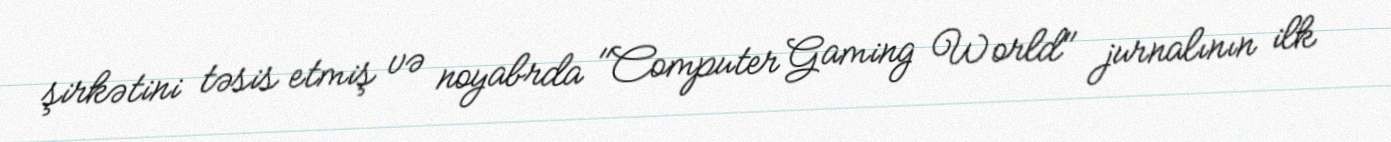
şirkətini təsis etmiş və noyabrda "Computer Gaming World" jurnalının ilk